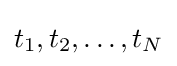
t_{1},t_{2},\ldots ,t_{N}